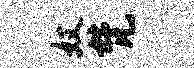
奴梵